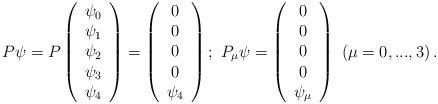
LaTeX: \begin{align*}P\psi =P\left( \begin{array}{c}\psi _{0} \\ \psi _{1} \\ \psi _{2} \\ \psi _{3} \\ \psi _{4}\end{array}\right) =\left( \begin{array}{c}0 \\ 0 \\ 0 \\ 0 \\ \psi _{4}\end{array}\right) ;\ P_{\mu }\psi =\left( \begin{array}{c}0 \\ 0 \\ 0 \\ 0 \\ \psi _{\mu }\end{array}\right) \ \left( \mu =0,...,3\right) . \end{align*}